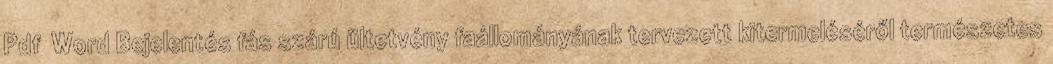
Pdf Word Bejelentés fás szárú ültetvény faállományának tervezett kitermeléséről természetes